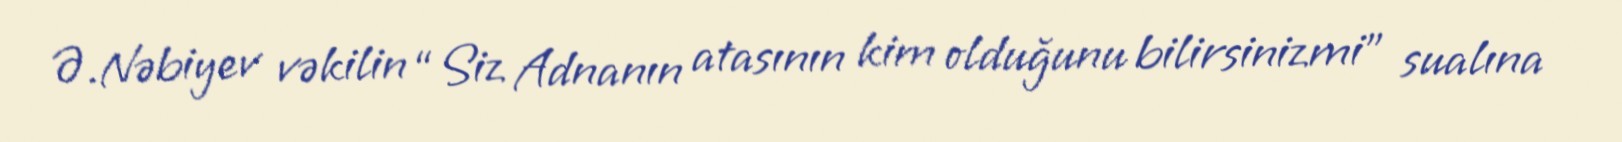
Ə.Nəbiyev vəkilin “Siz Adnanın atasının kim olduğunu bilirsinizmi” sualına